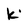
Character: k